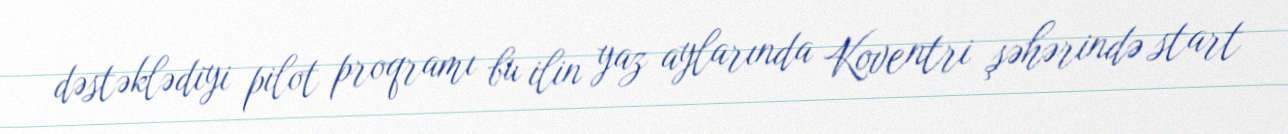
dəstəklədiyi pilot proqramı bu ilin yaz aylarında Koventri şəhərində start